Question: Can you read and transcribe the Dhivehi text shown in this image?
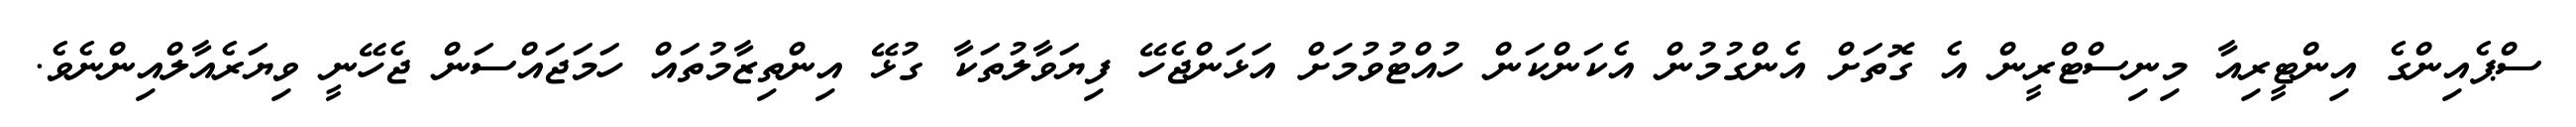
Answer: ސްޕެއިންގެ އިންޓީރިއާ މިނިސްޓްރީން އެ ގޮތަށް އެންގުމުން އެކަންކަން ހުއްޓުވުމަށް އަޅަންޖެހޭ ފިޔަވާލުތަކާ ގުޅޭ އިންތިޒާމުތައް ހަމަޖައްސަން ޖެހޭނީ ވިޔަރެއާލްއިންނެވެ.